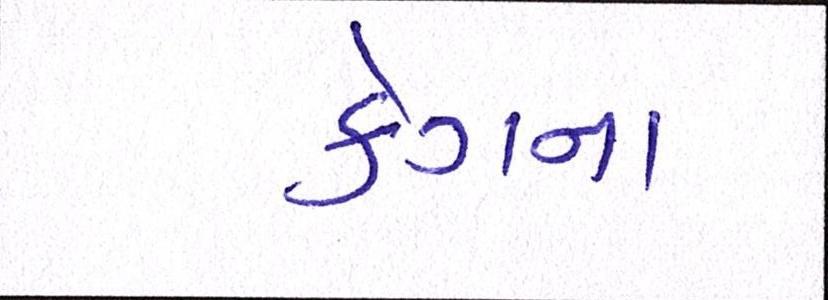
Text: કેગના